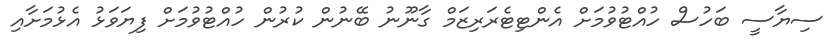
ސިޔާސީ ބަހުސް ހުއްޓުވުމަށް އެންޓިޓެރަރިޒަމް ގާނޫނު ބޭނުން ކުރުން ހުއްޓުވުމަށް ފިޔަވަޅު އެޅުމަށާއި